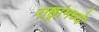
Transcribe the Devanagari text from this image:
राष्ठ्रांमध्ये